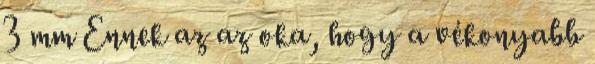
3 mm Ennek az az oka, hogy a vékonyabb